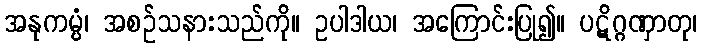
အနုကမ္ပံ၊ အစဉ်သနားသည်ကို။ ဥပါဒါယ၊ အကြောင်းပြု၍။ ပဋိဂ္ဂဏှာတု၊